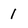
Character: 1